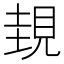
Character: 𧠹